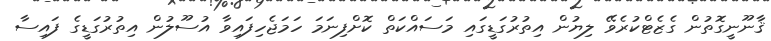
ޤާނޫނީގޮތުން ގެޒެޓްކުރެވޭ ލިޔުން އިތުރުގަޑީގައި މަސައްކަތް ކޮށްފިނަމަ ހަމަޖެހިފައިވާ އުސޫލުން އިތުރުގަޑީގެ ފައިސާ